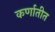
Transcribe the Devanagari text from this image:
कर्णातीत